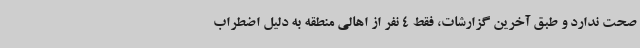
صحت ندارد و طبق آخرین گزارشات، فقط 4 نفر از اهالی منطقه به دلیل اضطراب